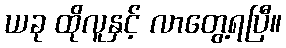
ယခု ထိုလူနှင့် လာတွေ့ရပြီ။